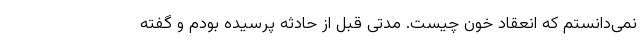
نمی‌دانستم که انعقاد خون چیست. مدتی قبل از حادثه پرسیده بودم و گفته